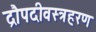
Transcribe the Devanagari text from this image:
द्रौपदीवस्त्रहरण